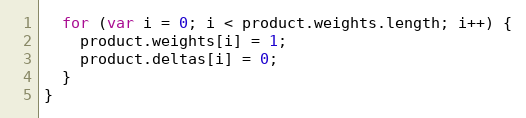
Language: JavaScript
  for (var i = 0; i < product.weights.length; i++) {
    product.weights[i] = 1;
    product.deltas[i] = 0;
  }
}